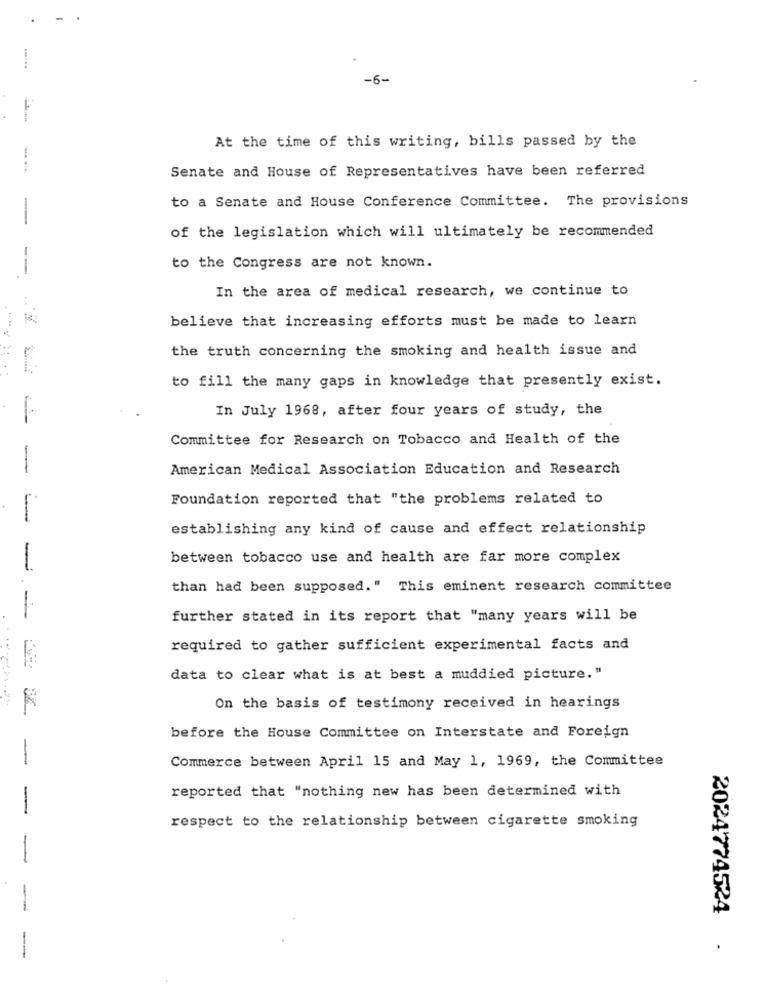
-6-
At the time of this writing, bills passed by the
Senate and House of Representatives have been referred
to a Senate and House Conference Committee. The provisions
-
of the legislation which will ultimately be recommended
to the Congress are not known.
--
In the area of medical research, we continue to
believe that increasing efforts must be made to learn
the truth concerning the smoking and health issue and
.......
to fill the many gaps in knowledge that presently exist.
In July 1968, after four years of study, the
Committee for Research on Tobacco and Health of the
--
American Medical Association Education and Research
Foundation reported that "the problems related to
-
establishing any kind of cause and effect relationship
between tobacco use and health are far more complex
-
than had been supposed." This eminent research committee
further stated in its report that "many years will be
required to gather sufficient experimental facts and
data to clear what is at best a muddied picture."
On the basis of testimony received in hearings
before the House Committee on Interstate and Foreign
-
Commerce between April 15 and May 1, 1969, the Committee
reported that "nothing new has been determined with
-
respect to the relationship between cigarette smoking
2024774524 ·
--